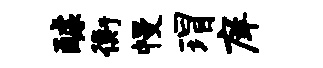
醵衡幔瑁庠